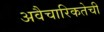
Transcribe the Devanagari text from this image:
अवैचारिकतेची